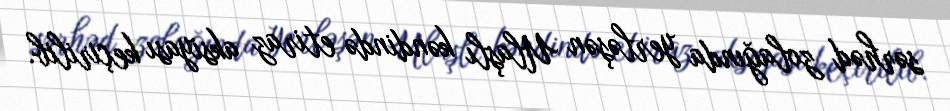
sərhəd zolağında yerləşən Ulaşlı kəndində etiraz aksiyası keçirilib.